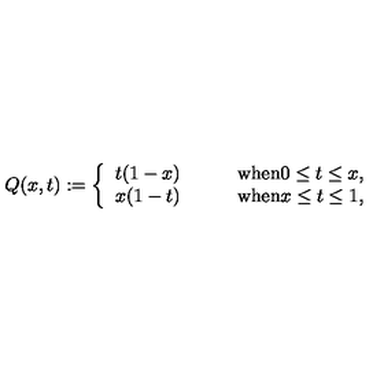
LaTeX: Q ( x , t ) : = \left\{ \begin{array} { l l } { t ( 1 - x ) } & { \qquad \mathrm { w h e n } 0 \le t \le x , } \\ { x ( 1 - t ) } & { \qquad \mathrm { w h e n } x \le t \le 1 , } \\ \end{array} \right.